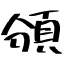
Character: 頒